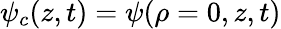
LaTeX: \psi_{c}(z,t)=\psi(\rho=0,z,t)